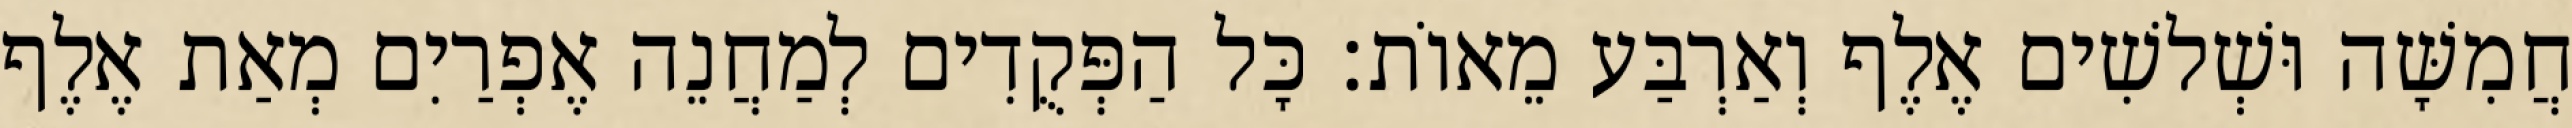
חֲמִשָּׁה וּשְׁלשִׁים אֶלֶף וְאַרְבַּע מֵאוֹת׃ כָּל הַפְּקֻדִים לְמַחֲנֵה אֶפְרַיִם מְאַת אֶלֶף